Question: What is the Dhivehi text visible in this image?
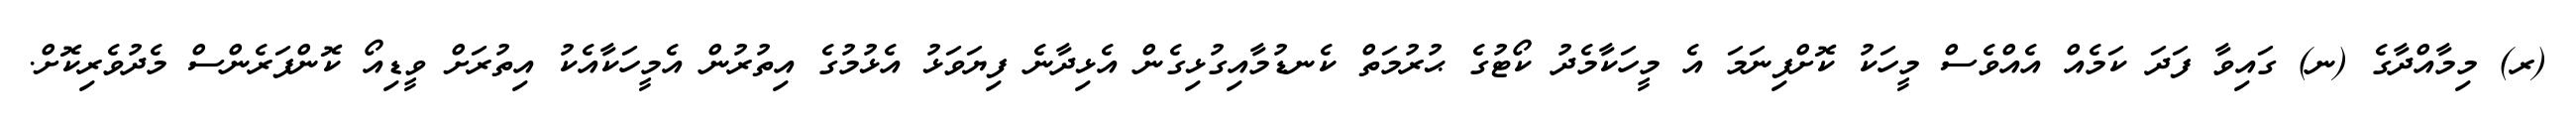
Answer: (ރ) މިމާއްދާގެ (ނ) ގައިވާ ފަދަ ކަމެއް އެއްވެސް މީހަކު ކޮށްފިނަމަ އެ މީހަކާމެދު ކޯޓުގެ ޙުރުމަތް ކެނޑުމާއިގުޅިގެން އެޅިދާނެ ފިޔަވަޅު އެޅުމުގެ އިތުރުން އެމީހަކާއެކު އިތުރަށް ވީޑިއޯ ކޮންފަރެންސް މެދުވެރިކޮށް.